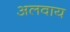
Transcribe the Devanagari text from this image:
अलवाय